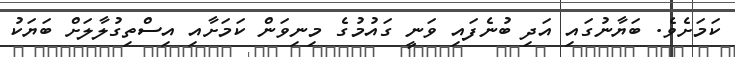
ކަމަށެވެ. ބަޔާނުގައި އަދި ބުނެފައި ވަނީ ގައުމުގެ މިނިވަން ކަމަށާއި އިސްތިގުލާލަށް ބަޔަކު